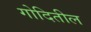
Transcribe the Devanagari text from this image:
गोदितील